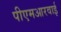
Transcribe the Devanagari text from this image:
पीएमआरवाई